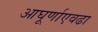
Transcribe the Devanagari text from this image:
आघूर्णाएवढा